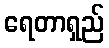
ရေတာရှည်